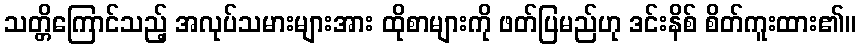
သတ္တိကြောင်သည့် အလုပ်သမားများအား ထိုစာများကို ဖတ်ပြမည်ဟု ဒင်းနိစ် စိတ်ကူးထား၏။